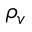
\rho _ { v }